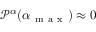
\mathcal { P } ^ { \alpha } ( \alpha _ { \mathrm { ~ m ~ a ~ x ~ } } ) \approx 0